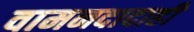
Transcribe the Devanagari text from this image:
वामनदादाही